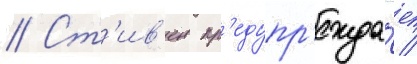
// Ст'ив'ен пр'едупр'ежда́ет /